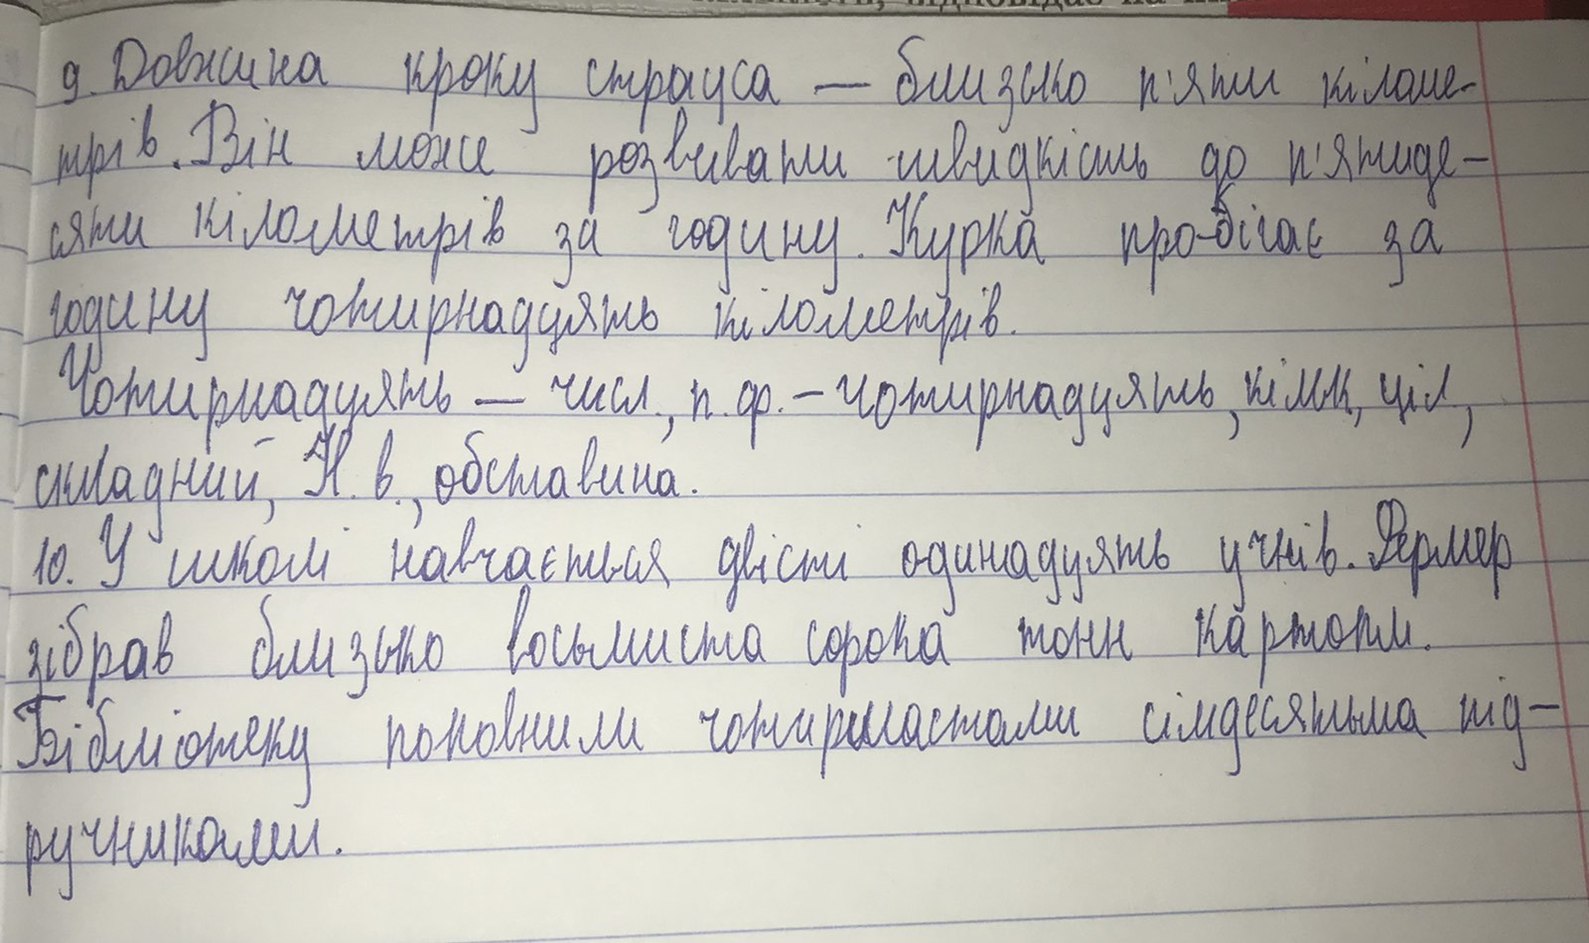
9. Довжина кроку страуса — близько п'яти кіломе-
трів. Він може розвивати швидкість до п'ятиде-
сяти кілометрів за годину. Курка пробігає за
годину чотирнадцять кілометрів.
Чотирнадцять - числ., п.ф. - чотирнадцять, кільку, ціл.,
складний, Н.в., обставина.
10. У школі навчається двісті одинадцять учнів. Фермер
зібрав близько восьмиста сорока тонн картоплі.
Бібліотеку поповнили чотирмастами сімдесятьма під-
ручниками.